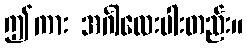
ဤကား အင်္ဂါလေးပါးတည်း။